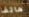
هاتفا